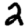
Digit: 2